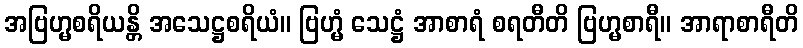
အဗြဟ္မစရိယန္တိ အသေဋ္ဌစရိယံ။ ဗြဟ္မံ သေဋ္ဌံ အာစာရံ စရတီတိ ဗြဟ္မစာရီ။ အာရာစာရီတိ